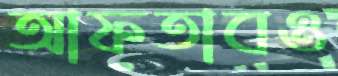
আফতাবও